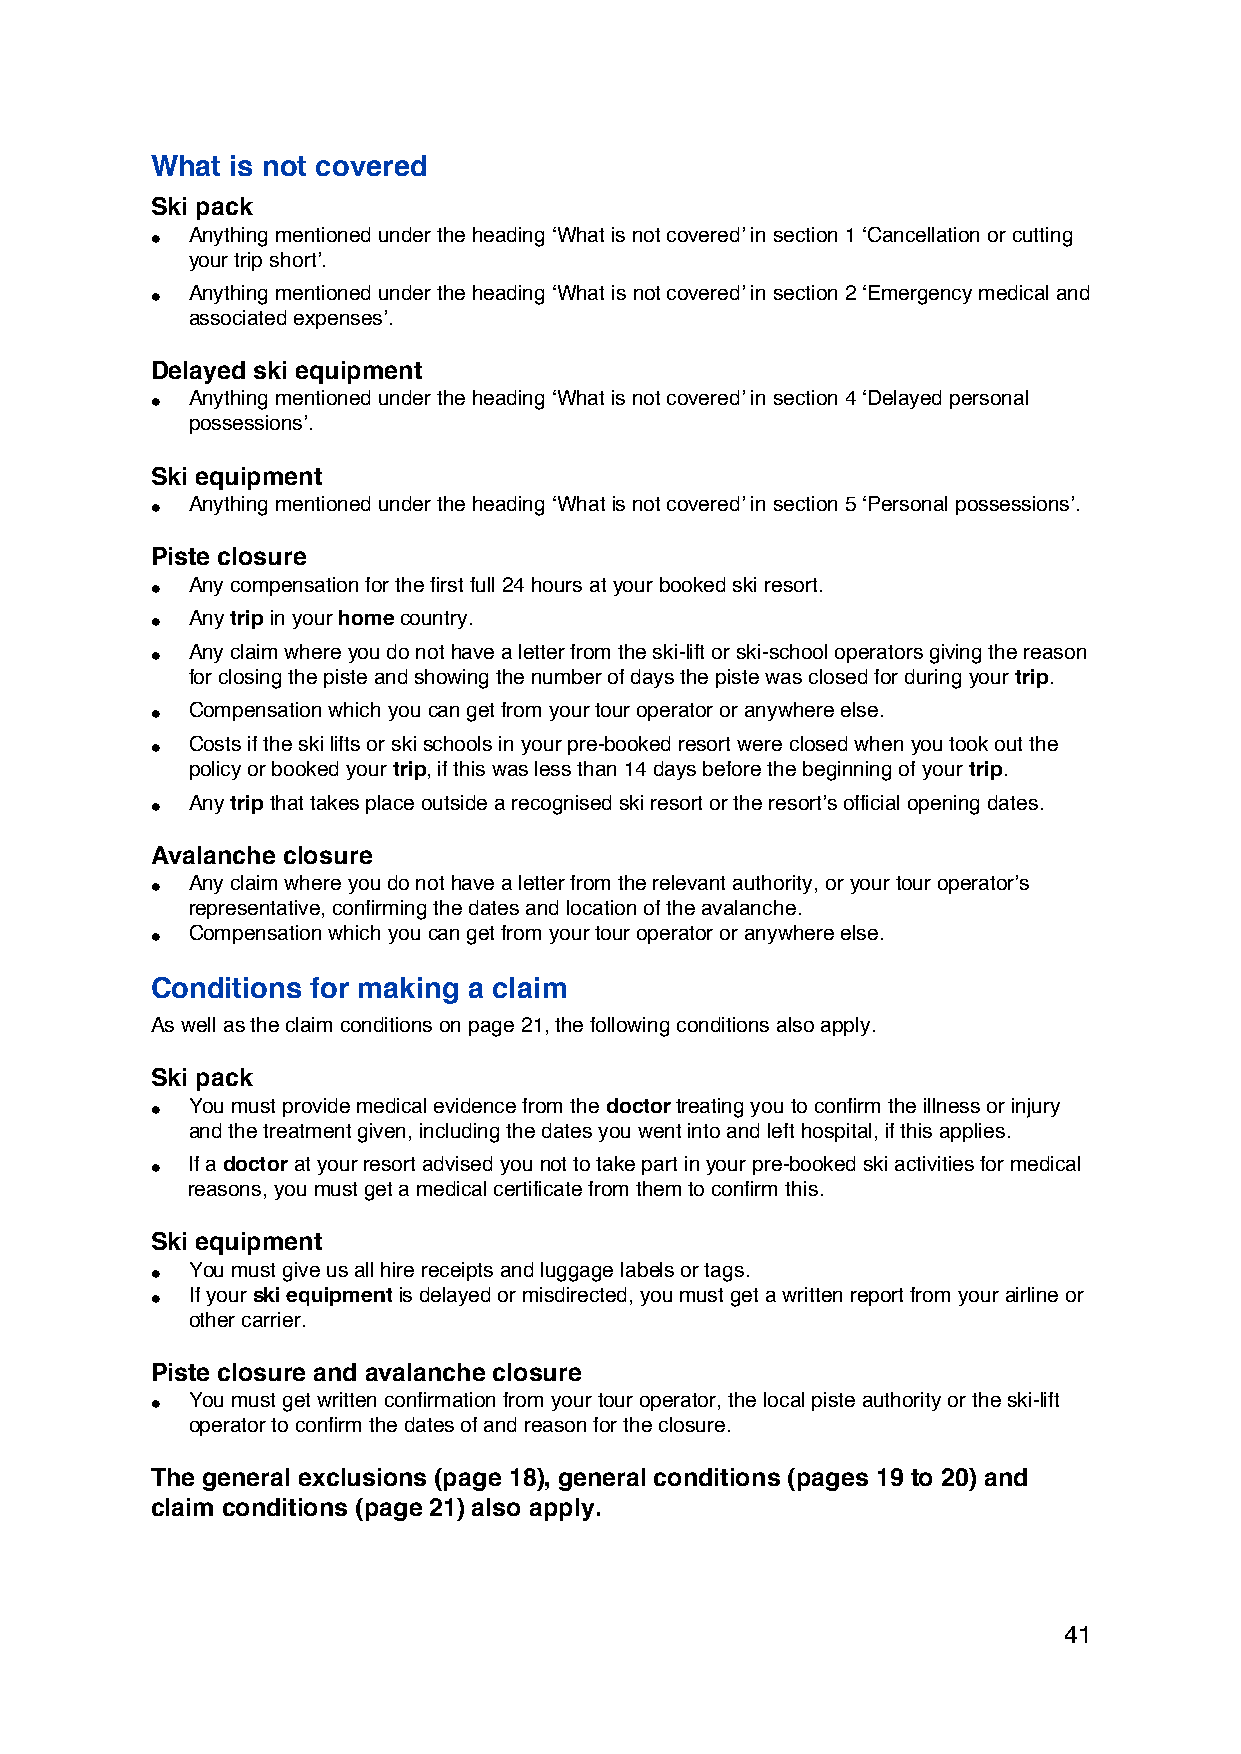
What is not covered
 Ski pack
 • Anything mentioned under the heading ‘What is not covered’ in section 1 ‘Cancellation or cutting
 your trip short’.
 • Anything mentioned under the heading ‘What is not covered’ in section 2 ‘Emergency medical and
 associated expenses’.
 Delayed ski equipment
 • Anything mentioned under the heading ‘What is not covered’ in section 4 ‘Delayed personal
 possessions’.
 Ski equipment
 • Anything mentioned under the heading ‘What is not covered’ in section 5 ‘Personal possessions’.
 Piste closure
 • Any compensation for the first full 24 hours at your booked ski resort.
 • Any trip in your home country.
 • Any claim where you do not have a letter from the ski-lift or ski-school operators giving the reason
 for closing the piste and showing the number of days the piste was closed for during your trip.
 • Compensation which you can get from your tour operator or anywhere else.
 • Costs if the ski lifts or ski schools in your pre-booked resort were closed when you took out the
 policy or booked your trip, if this was less than 14 days before the beginning of your trip.
 • Any trip that takes place outside a recognised ski resort or the resort’s official opening dates.
 Avalanche closure
 • Any claim where you do not have a letter from the relevant authority, or your tour operator’s
 representative, confirming the dates and location of the avalanche.
 • Compensation which you can get from your tour operator or anywhere else.
 Conditions for making a claim
 As well as the claim conditions on page 21, the following conditions also apply.
 Ski pack
 • You must provide medical evidence from the doctor treating you to confirm the illness or injury
 and the treatment given, including the dates you went into and left hospital, if this applies.
 • If a doctor at your resort advised you not to take part in your pre-booked ski activities for medical
 reasons, you must get a medical certificate from them to confirm this.
 Ski equipment
 • You must give us all hire receipts and luggage labels or tags.
 • If your ski equipment is delayed or misdirected, you must get a written report from your airline or
 other carrier.
 Piste closure and avalanche closure
 • You must get written confirmation from your tour operator, the local piste authority or the ski-lift
 operator to confirm the dates of and reason for the closure.
 The general exclusions (page 18), general conditions (pages 19 to 20) and
 claim conditions (page 21) also apply.
 41